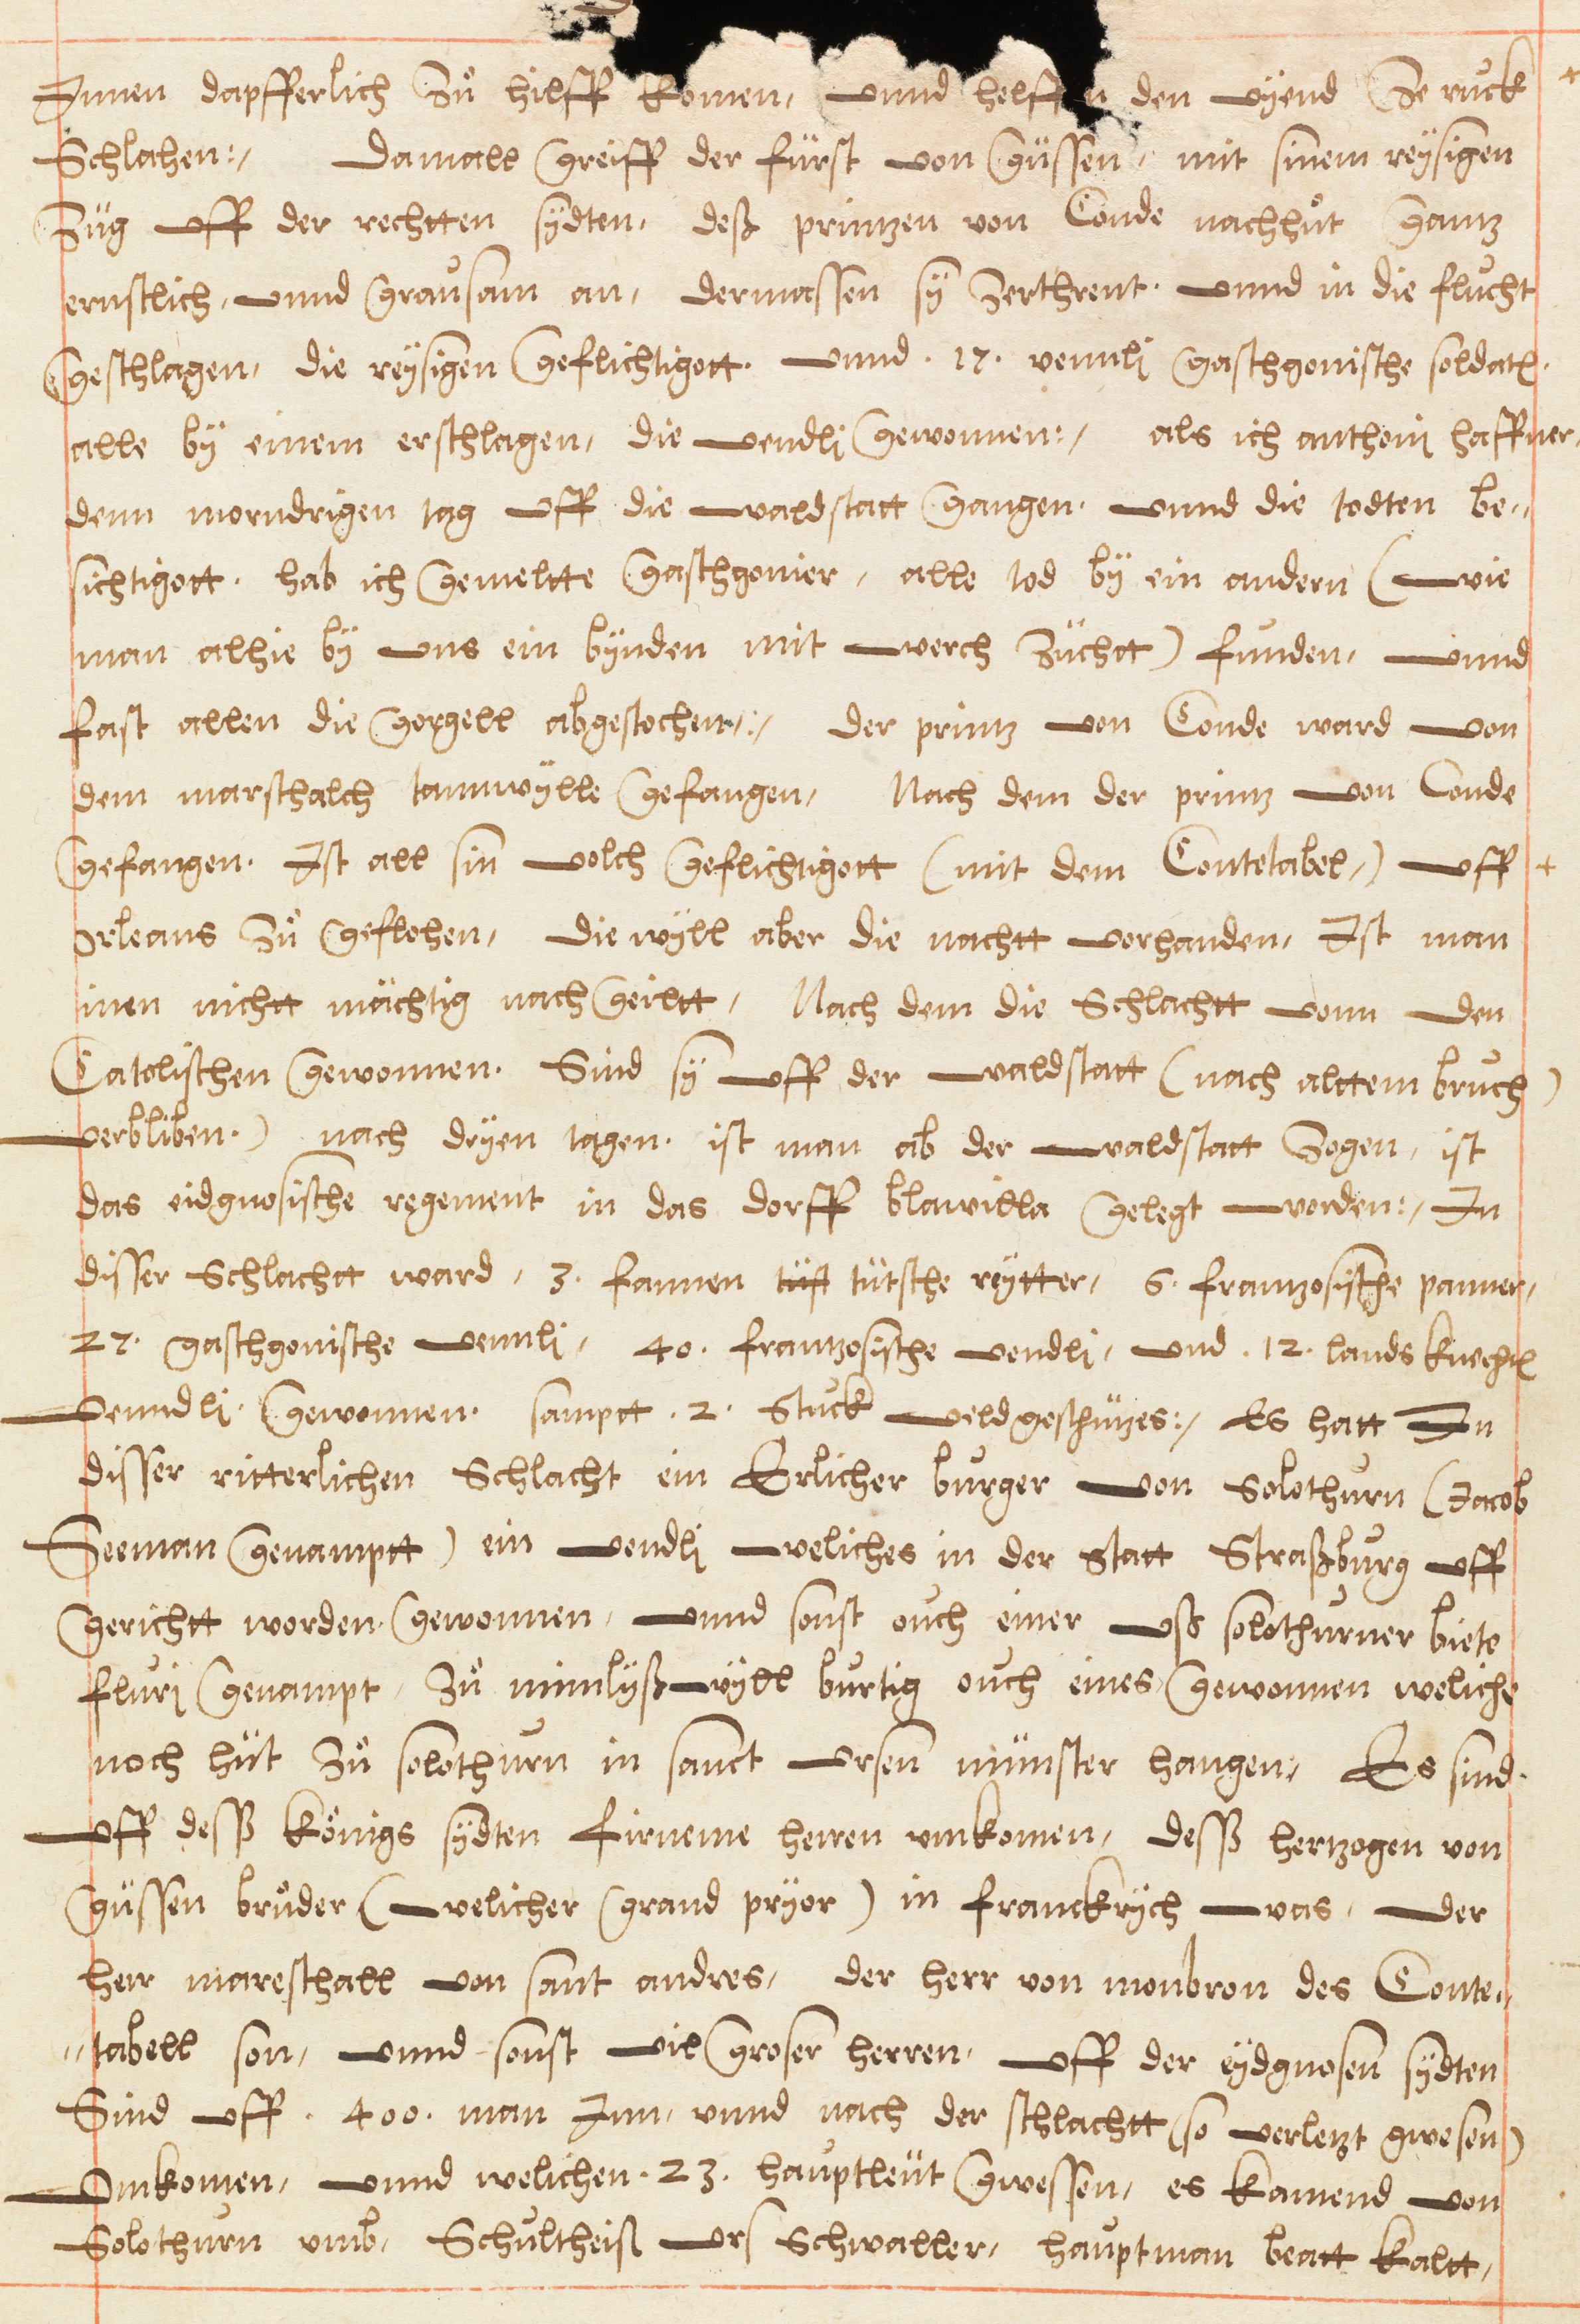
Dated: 1578–1580